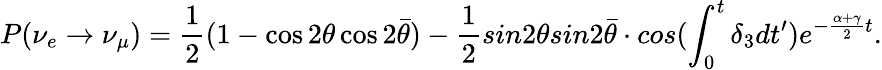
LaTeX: P(\nu_{e}\rightarrow\nu_{\mu})=\frac{1}{2}(1-\cos 2\theta\cos 2\bar{\theta})-\frac{1}{2}sin2\theta sin2\bar{\theta}\cdot cos(\int_{0}^{t}\delta_{3}dt^{\prime})e^{-\frac{\alpha+\gamma}{2}t}.